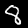
Digit: 8